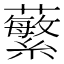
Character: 蘩